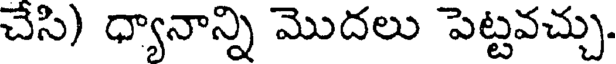
చేసి) ధ్యానాన్ని మొదలు పెట్టవచ్చు.